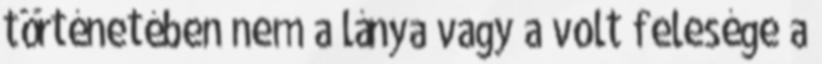
történetében nem a lánya vagy a volt felesége a